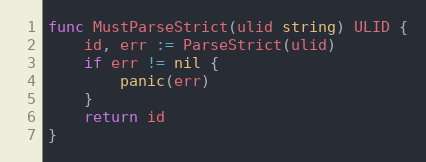
Language: Go
func MustParseStrict(ulid string) ULID {
	id, err := ParseStrict(ulid)
	if err != nil {
		panic(err)
	}
	return id
}